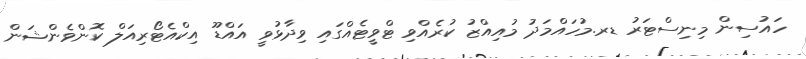
ހައުސިން މިނިސްޓަރު ޑރ.މުހައްމަދު މުއިއްޒު ކުރެއްވި ޓްވީޓެއްގައި ވިދާޅުވީ އައްޑޫ އިކްއެޓޯރިއަލް ކޮންވެންޝަން